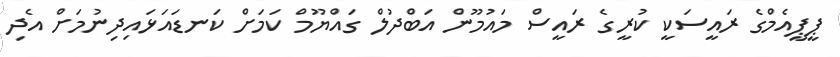
ޕީޕީއެމްގެ ރައީސަކީ ކުރީގެ ރައީސް މައުމޫން އަބްދުލް ގައްޔޫމް ކަމަށް ކަނޑައަޅައިދިނުމަށް އެދި